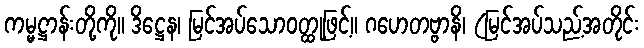
ကမ္မဋ္ဌာန်းတို့ကို။ ဒိဋ္ဌေန၊ မြင်အပ်သောဝတ္ထုဖြင့်။ ဂဟေတဗ္ဗာနိ၊ (မြင်အပ်သည့်အတိုင်း